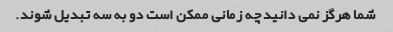
شما هرگز نمی دانید چه زمانی ممکن است دو به سه تبدیل شوند.